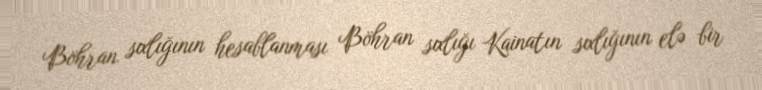
Böhran sıxlığının hesablanması Böhran sıxlığı Kainatın sıxlığının elə bir